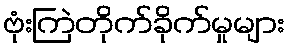
ဗုံးကြဲတိုက်ခိုက်မှုများ